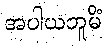
အပါယဘူမိံ